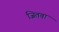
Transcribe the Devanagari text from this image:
जितवा